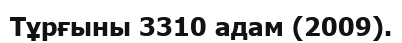
Тұрғыны 3310 адам (2009).